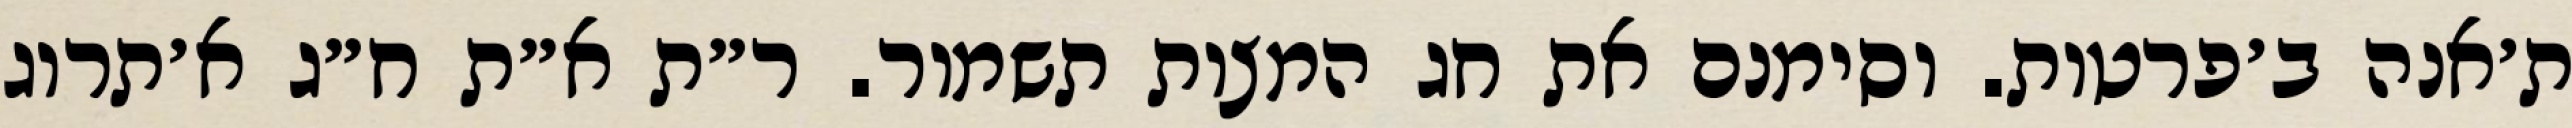
ת׳אנה ב׳פרטות. וסימנם את חג המצות תשמור. ר״ת א״ת ח״ג א׳תרוג